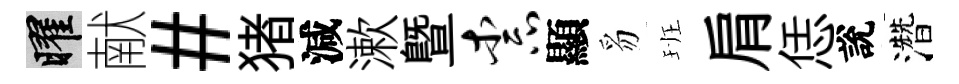
曜献#猪減漱暨柰顯豸班肩恁說濳